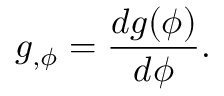
g _ { , \phi } = \frac { d g ( \phi ) } { d \phi } .